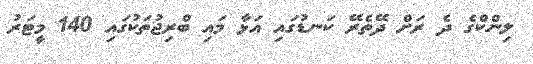
ލިންކްގެ ދެ ރަށް ދޭތެރޭ ކަނޑުގައި އަޅާ މައި ބްރިޖުތަކުގައި 140 މީޓަރު